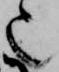
也